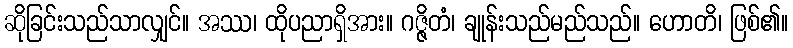
ဆိုခြင်းသည်သာလျှင်။ အဿ၊ ထိုပညာရှိအား။ ဂဇ္ဇိတံ၊ ချုန်းသည်မည်သည်။ ဟောတိ၊ ဖြစ်၏။